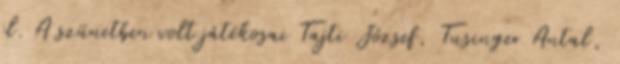
el. A szünetben volt játékosai Tajti József, Tusinger Antal,